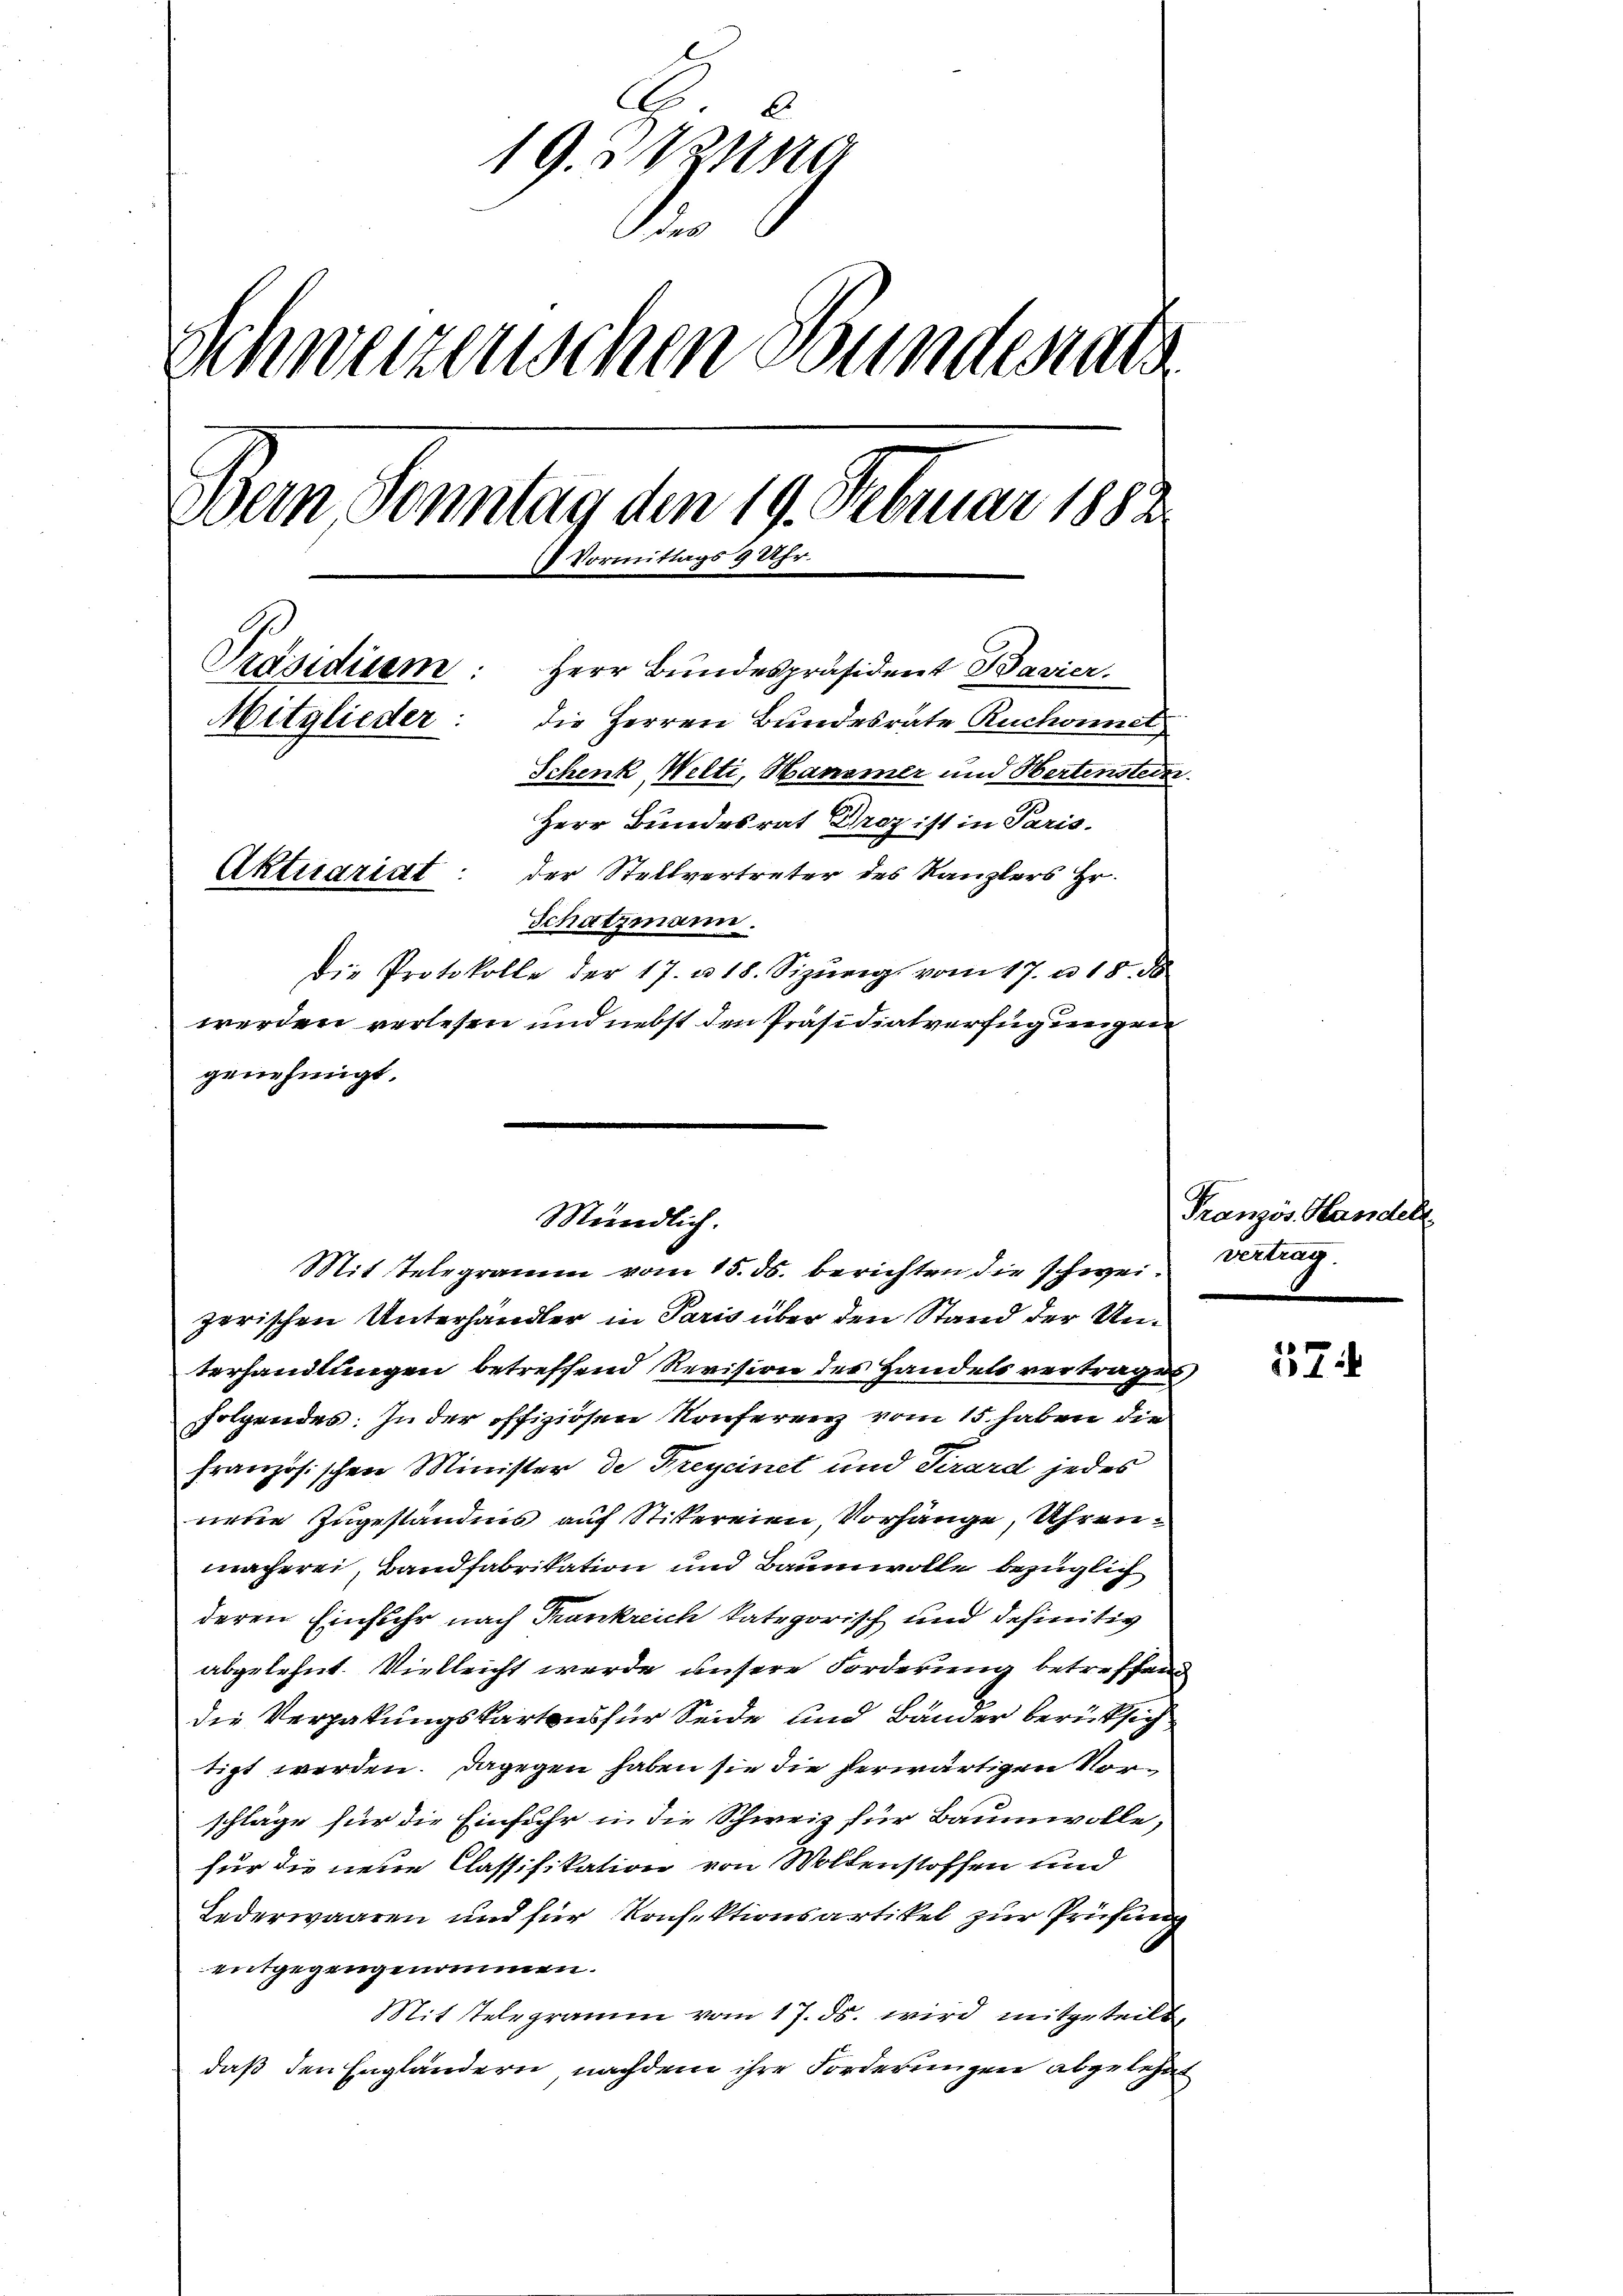
.
19. Jung
e
Schweizerischen Bundesrats
Bern, Sonntag den 19. Februar 1888.
Vormittags 9 Uhr.
Präsidium:
Herr Bundespräsident Bavier.
die Herren Bundesrate Ruchonnet
Mitglieder:
Schenk Welti, Hansmer und Hertensteder
Herr Bundesrat Droz ist in Paris.
Aktuariat: der Stellvertreter des Kanzlers Hr.
Schatzmann.
die Protokolle der 17. u 18. Sizŭrig vom 17. u 18. d
werden verlesen und nebst den Präsidialverfügungen
genehmigt.

Mündlich.
Mit stelegramm vom 15. ds. berichten die schwei¬

zerischen Unterhandler in Paris über den Stand der Unterhandlungen betreffend Revision des Handels vertragen
folgendes: In der offizirten Konferenz vom 15. haben die
französischen Minister de Freycinet und Pirard jedes
nene Zugeständnis auf Stickereien, Vorhänge, Uhrenmacherei, Bandfabrikation und Baumwolle bezüglich
deren Einfuhr nach Trankreich kategorisch und definitiv
abgelehnt. Vielleicht werde unsere Forderung betreffend
die Vergabungskarten für Seide und Bänder berücksich
tigt werden. Dagegen haben sie die herwärtigen Vorschläge für die Einfuhr in die Schweiz für Baumwolle,
für die neue Classifikation von Wollenstoffen und
Lederwaaren und für Konfektionsartikel zur Prüfung
entgegengenommen.
Mit Telegramm vom 17. ds. wird mitgeteilt,
daß den Engländern nachdem ihre Forderungen abgelehnt

Französ. Handel
vertrag.

1
4